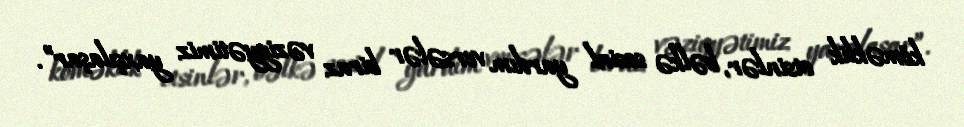
köməklik etsinlər, bəlkə sosial yardım versələr biraz vəziyyətimiz yaxşılaşar”.